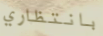
بانتظاري